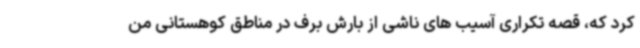
کرد که، قصه تکراری آسیب های ناشی از بارش برف در مناطق کوهستانی من